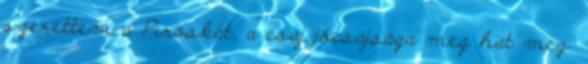
szerettem a Piroskát, a csaj jócsajsága meg hat meg.